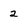
Character: 2